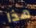
هذا